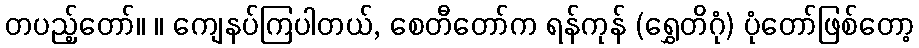
တပည့်တော်။ ။ ကျေနပ်ကြပါတယ်, စေတီတော်က ရန်ကုန် (ရွှေတိဂုံ) ပုံတော်ဖြစ်တော့